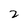
Character: 2